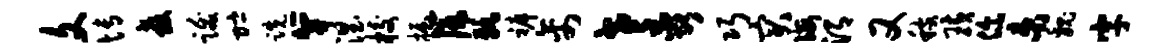
文博教跋贮跣笄涅校握篪孰裤禽老蕊巧突诲渭又稼璜你束魏字